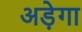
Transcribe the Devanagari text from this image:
अड़ेगा